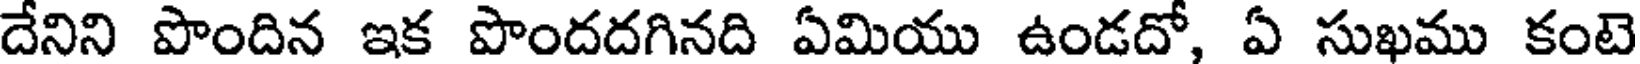
దేనిని పొందిన ఇక పొందదగినది ఏమియు ఉండదో, ఏ సుఖము కంటె